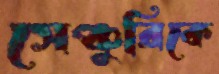
সেঞ্চুরিকে